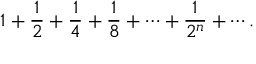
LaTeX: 1 + { \frac { 1 } { 2 } } + { \frac { 1 } { 4 } } + { \frac { 1 } { 8 } } + \cdots + { \frac { 1 } { 2 ^ { n } } } + \cdots .